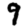
Digit: 9